Regulations for the medical services of the Army of India
Year: 1930
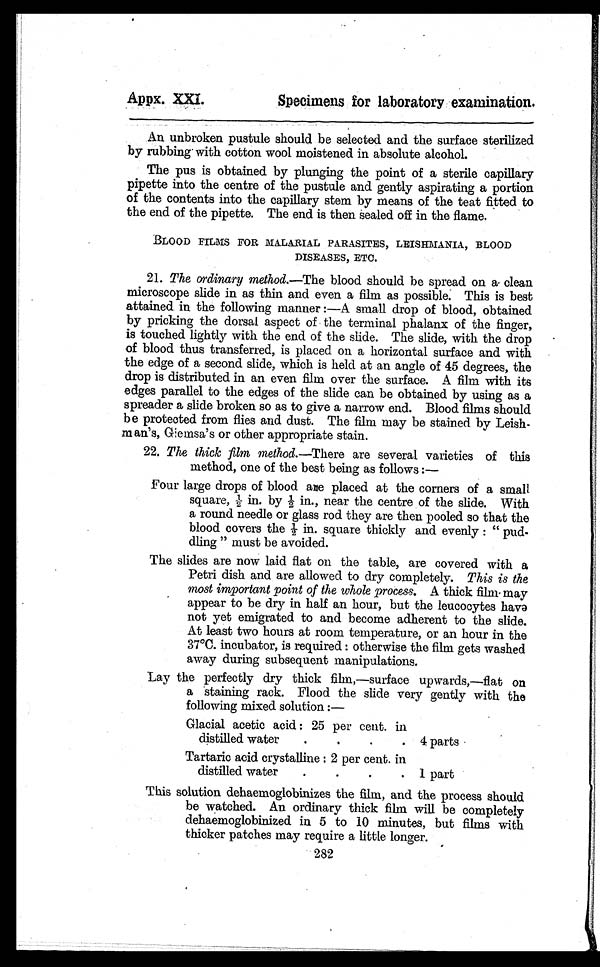
Appx. XXI.
Specimens for laboratory examination.
An unbroken pustule should be selected and the surface sterilized
by drubbing with cotton wool moistened in absolute alcohol.
The pus is obtained by plunging the point of a sterile capillary
pipette into the centre of the pustule and gently aspirating a portion
of the contents into the capillary stem by means of the teat fitted to
the end of the pipette. The end is then sealed off in the flame.
BLOOD FILMS FOR MALARIA PARASITES, LEISHMANIA, BLOOD
DISEASES. ETC.
21. The ordinary method.—The blood should be spread on a clean
microscope slide in as thin and even a film as possible. This is best
attained in the following manner :—A small drop of blood, obtained
by pricking the dorsal aspect of the terminal phalanx of the finger,
is touched lightly with the end of the slide. The slide, with the drop
of blood thus transferred, is placed on a horizontal surface and with
the edge of a second slide, which is held at an angle of 45 degrees, the
drop is distributed in an even film over the surface. A film with its
edges parallel to the edges of the slide can be obtained by using as a
spreader a slide broken so as to give a narrow end. Blood films should
be protected from flies and dust. The film may be stained by Leish-
man's, Giemsa's or other appropriate stain.
22. The thick film method.—There are several varieties of this
method, one of the best being as follows :
—
Four large drops of blood are placed at the corners of a small
square, ½ i n. by ½ i n. , near t he cent re of t he sl i de. Wi t h
a round needle or glass rod they are then pooled so that the
blood covers the ½ in. square thickly and evenly : " pud-
dling " must be avoided.
The slides are now laid flat on the table, are covered with a
Petri dish and are allowed to dry completely. This is the
most important point of the whole process. A thick film- may
appear to be dry in half an hour, but the leucocytes have
not yet emigrated to and become adherent to the slide.
At least two hours at room temperature, or an hour in the
37°C. incubator, is required : otherwise the film gets washed
away during subsequent manipulations.
Lay the perfectly dry thick film,—surface upwards,—flat on
a 'staining rack. Flood the slide very gently with the
following mixed solution :
—
Glacial acetic acid : 25 per cent. in
distilled water
.
. 4 parts
Tartaric acid crystalline : 2 per cent. in
distilled water
.
. 1 part
This solution dehaemoglobinizes the film, and the process should
be watched. An ordinary thick film will he completely
dehaemoglobinized in 5 to 10 minutes, but films with
thicker patches may require a little longer.
282